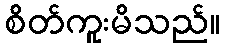
စိတ်ကူးမိသည်။